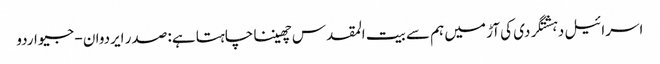
اسرائیل دہشتگردی کی آڑ میں ہم سے بیت المقدس چھیننا چاہتا ہے: صدر ایردوان - جیو اردو